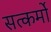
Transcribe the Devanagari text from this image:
सत्कर्मो